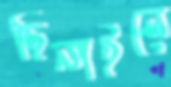
ছিনাইলে